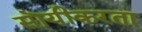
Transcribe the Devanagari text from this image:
सॊयीकरता